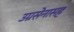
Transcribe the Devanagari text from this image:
उग्रसेनासह